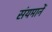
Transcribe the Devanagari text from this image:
संयमानें